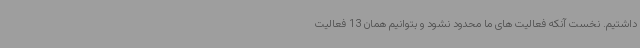
داشتیم. نخست آنکه فعالیت های ما محدود نشود و بتوانیم همان 13 فعالیت